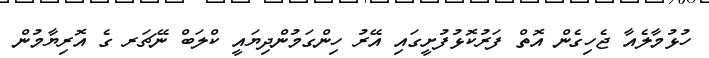
ހުޅުމާލެއާ ޖެހިގެން އޮތް ފަރުކޮޅުފުށީގައި އޭރު ހިންގަމުންދިޔައީ ކްލަބް ނޭޗަރ ގެ އޮރިޔާމުން